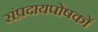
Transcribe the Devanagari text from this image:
संप्रदायपोषकों